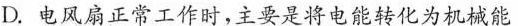
D.电风扇正常工作时，主要是将电能转化为机械能